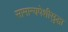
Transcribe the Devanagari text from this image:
सामान्यपेशीसुद्धा